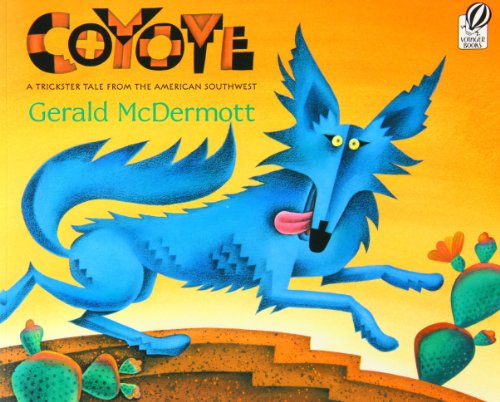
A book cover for Coyote: A Trickster Tale from the American Southwest; Gerald McDermott; Children's Books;